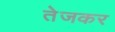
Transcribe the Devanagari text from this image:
तेजकर